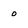
Character: 0